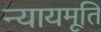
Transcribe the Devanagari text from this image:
न्यायमूति